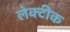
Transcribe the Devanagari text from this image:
लेक्टीक